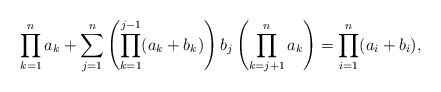
\begin{align*} \prod_{k=1}^n a_k + \sum_{j=1}^n\left(\prod_{k=1}^{j-1} (a_k + b_k)\right) b_j \left(\prod_{k=j+1}^n a_k\right) = \prod_{i=1}^n (a_i + b_i),\end{align*}